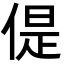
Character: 偍